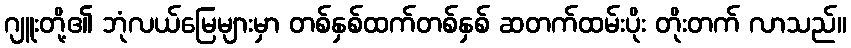
ဂျူးတို့၏ ဘုံလယ်မြေများမှာ တစ်နှစ်ထက်တစ်နှစ် ဆတက်ထမ်းပိုး တိုးတက် လာသည်။